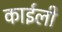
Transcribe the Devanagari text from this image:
काईली